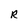
Character: R